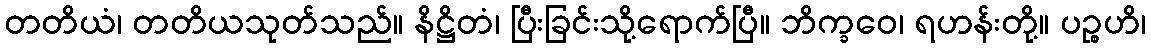
တတိယံ၊ တတိယသုတ်သည်။ နိဋ္ဌိတံ၊ ပြီးခြင်းသို့ရောက်ပြီ။ ဘိက္ခဝေ၊ ရဟန်းတို့။ ပဉ္စဟိ၊